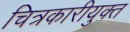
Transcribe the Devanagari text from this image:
चित्रकारीयुक्त